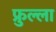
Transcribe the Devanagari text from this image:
फ्रुल्ला